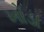
ખોડા